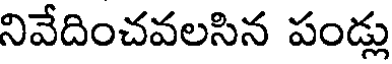
నివేదించవలసిన పండ్లు